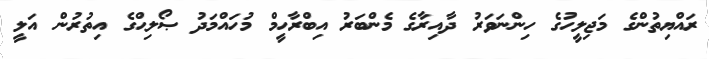
ރައްޔިތުންގެ މަޖިލީހުގެ ހިންނަވަރު ދާއިރާގެ މެންބަރު އިބްރާހީމް މުހައްމަދު ޞޯލިޙްގެ އިތުރުން އަލީ